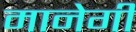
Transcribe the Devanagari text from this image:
मानेगी